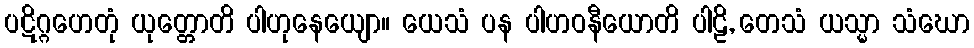
ပဋိဂ္ဂဟေတုံ ယုတ္တောတိ ပါဟုနေယျော။ ယေသံ ပန ပါဟဝနီယောတိ ပါဠိ, တေသံ ယသ္မာ သံဃော